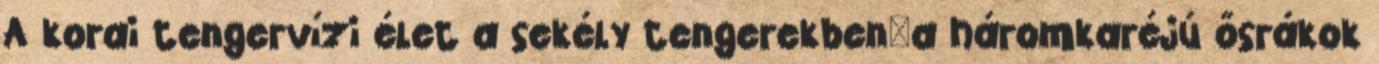
A korai tengervízi élet a sekély tengerekben—a háromkaréjú ősrákok